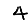
Digit: 4